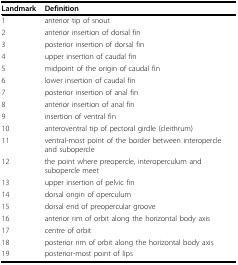
<table><thead><tr><td><b>Landmark</b></td><td><b>Definition</b></td></tr></thead><tbody><tr><td>1</td><td>anterior tip of snout</td></tr><tr><td>2</td><td>anterior insertion of dorsal fin</td></tr><tr><td>3</td><td>posterior insertion of dorsal fin</td></tr><tr><td>4</td><td>upper insertion of caudal fin</td></tr><tr><td>5</td><td>midpoint of the origin of caudal fin</td></tr><tr><td>6</td><td>lower insertion of caudal fin</td></tr><tr><td>7</td><td>posterior insertion of anal fin</td></tr><tr><td>8</td><td>anterior insertion of anal fin</td></tr><tr><td>9</td><td>insertion of ventral fin</td></tr><tr><td>10</td><td>anteroventral tip of pectoral girdle (cleithrum)</td></tr><tr><td>11</td><td>ventral-most point of the border between interopercle and subopercle</td></tr><tr><td>12</td><td>the point where preopercle, interoperculum and subopercle meet</td></tr><tr><td>13</td><td>upper insertion of pelvic fin</td></tr><tr><td>14</td><td>dorsal origin of operculum</td></tr><tr><td>15</td><td>dorsal end of preopercular groove</td></tr><tr><td>16</td><td>anterior rim of orbit along the horizontal body axis</td></tr><tr><td>17</td><td>centre of orbit</td></tr><tr><td>18</td><td>posterior rim of orbit along the horizontal body axis</td></tr><tr><td>19</td><td>posterior-most point of lips</td></tr></tbody></table>